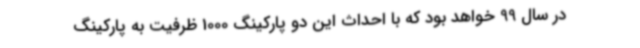
در سال 99 خواهد بود که با احداث این دو پارکینگ 1000 ظرفیت به پارکینگ